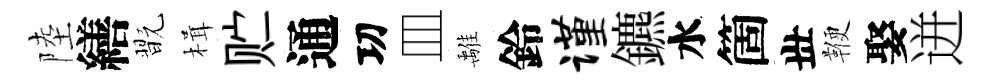
陸繕翫楫贮通㓛皿𩀌鈴谨鑣水箇丗鞭娶迸